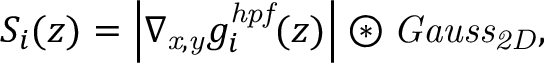
S _ { i } ( z ) = \left| \nabla _ { \mathit { x , y } } g _ { i } ^ { \mathit { h p f } } ( z ) \right| \circledast \mathit { G a u s s } _ { \mathit { 2 D } } ,